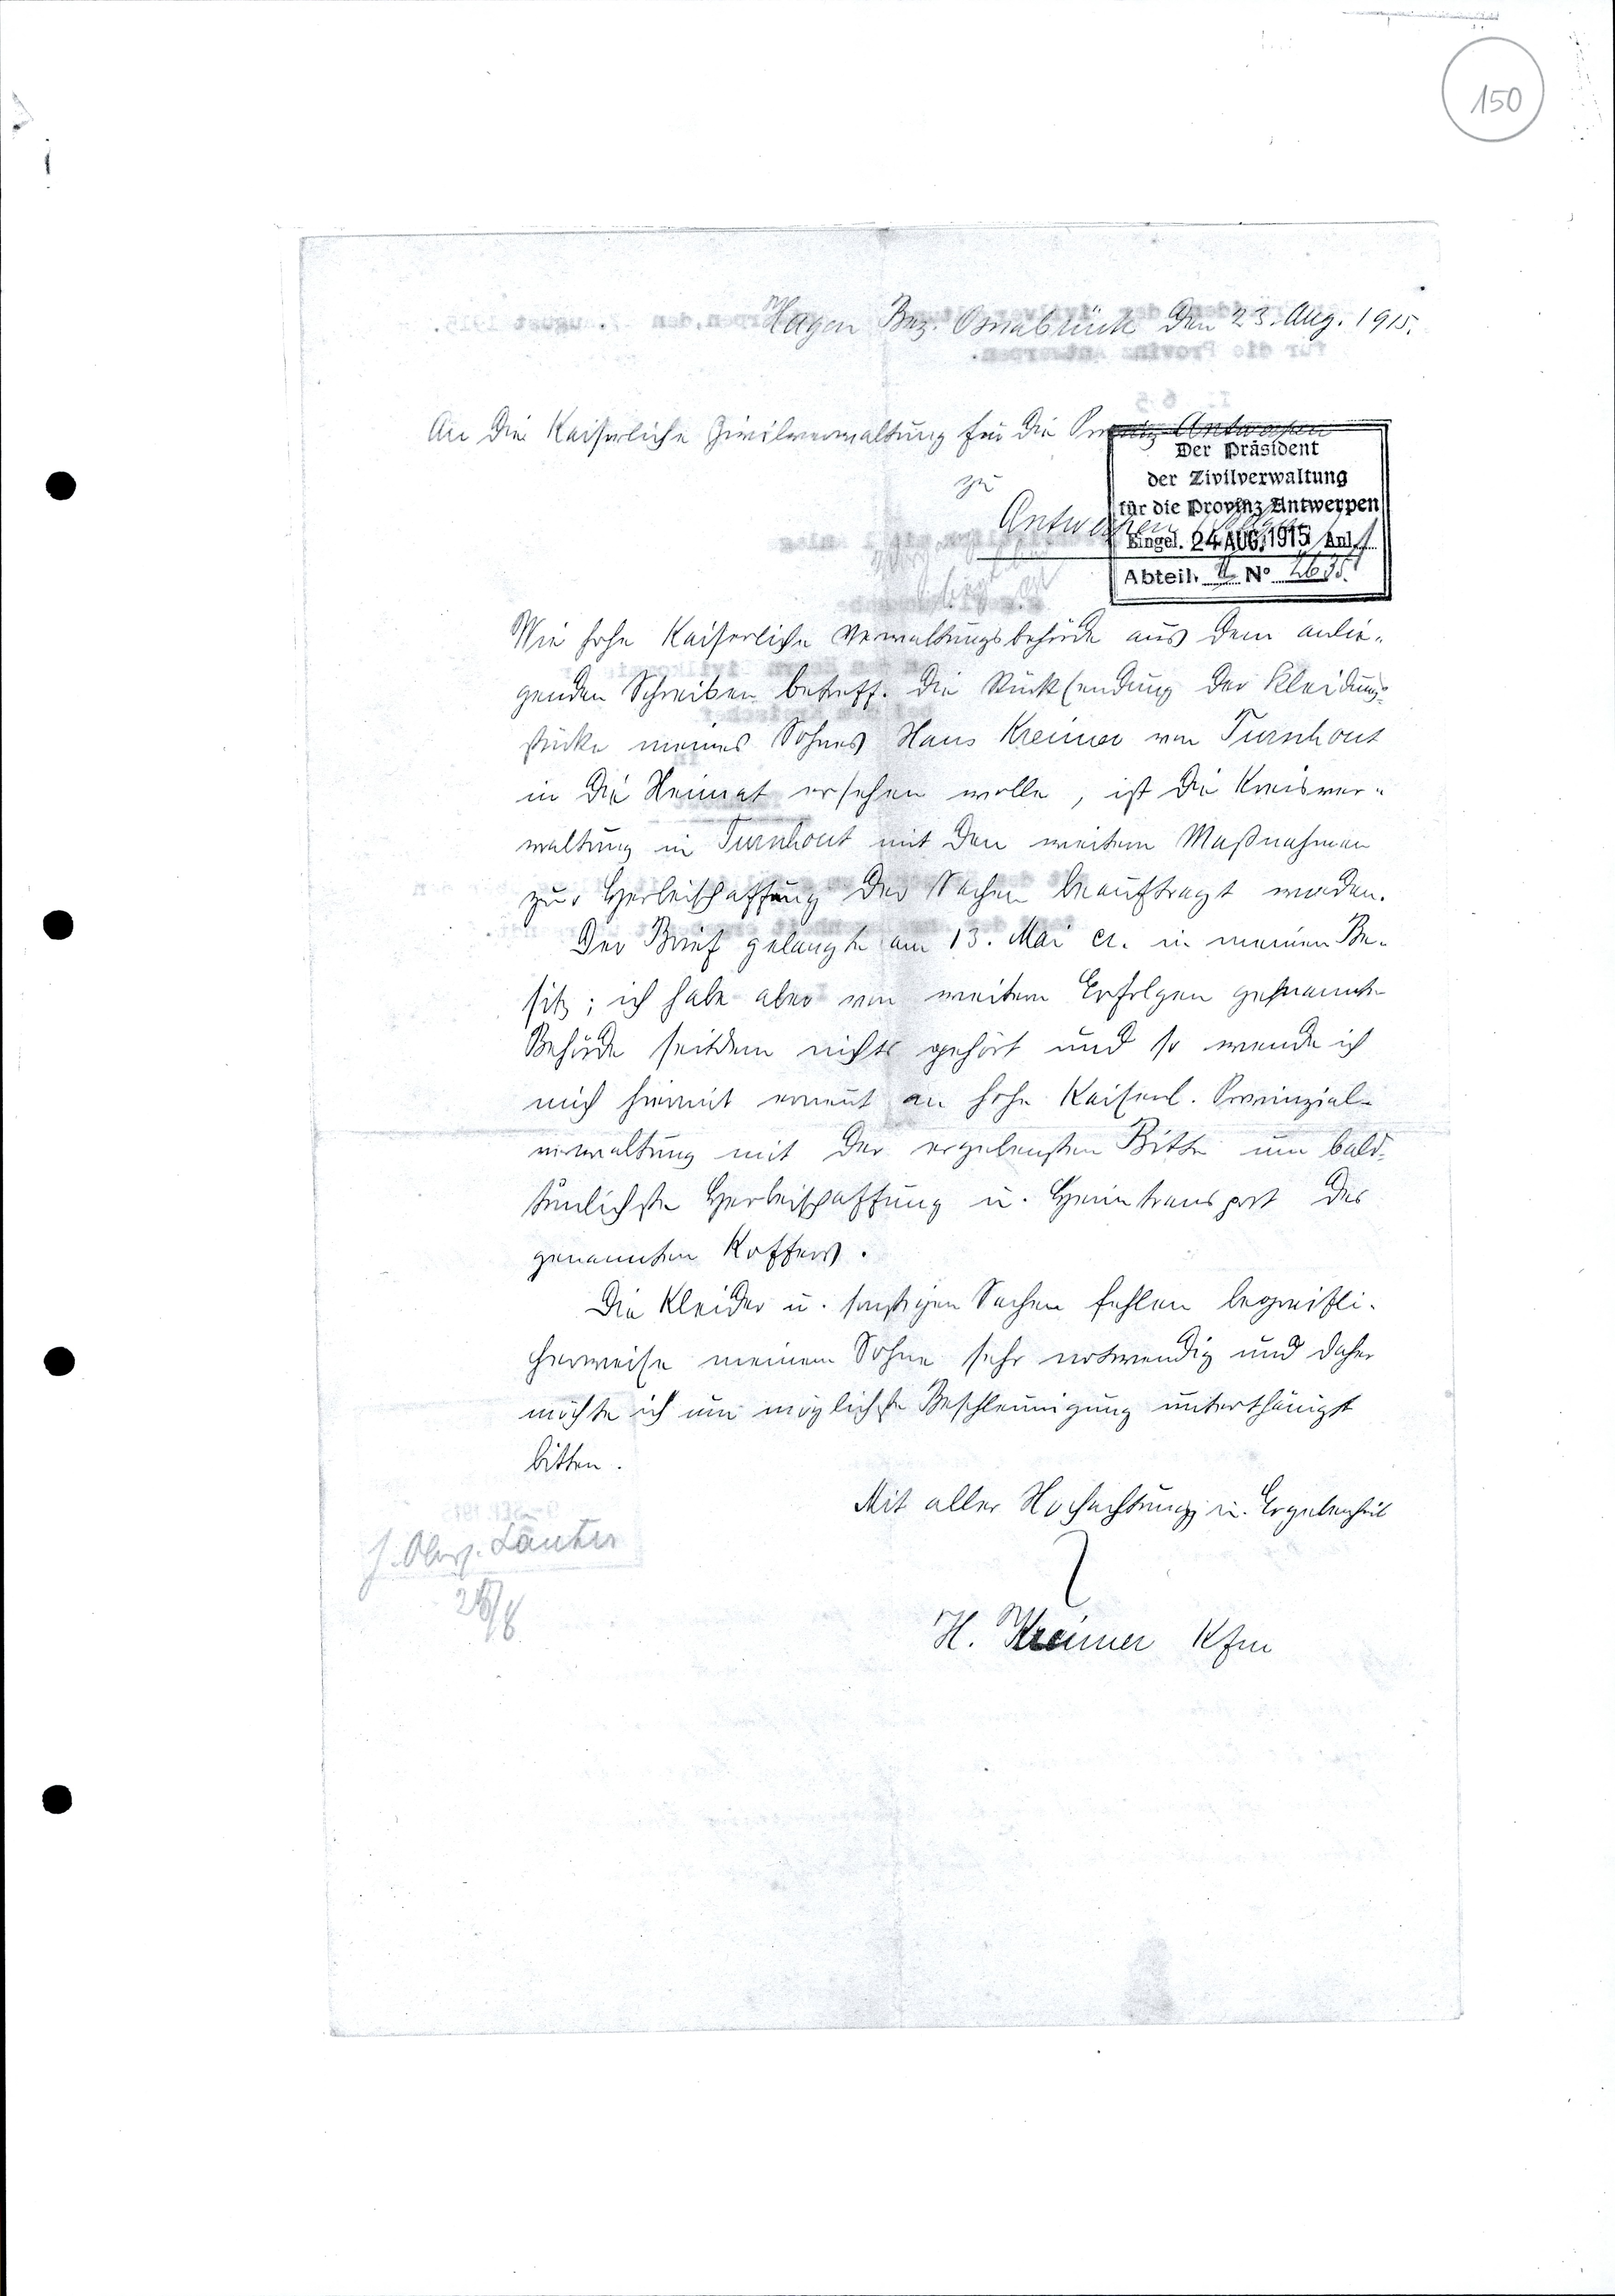
Hagen Bez. Osnabrück, den 23. Aug. 1915.
An die Kaiserliche Zivilverwaltung für die Provinz Antwerpen
zu
Antwerpen
Abteil. II No 2635.
Wie hohe Kaiserliche Verwaltungsbehörde aus dem anlie¬
genden Schreiben betreff. die Rücksendung der Kleidungs¬
stücke meines Sohnes Hans Kreimer zu Turnhout
in die Heimat ersehen wolle, ist die Kreisver¬
waltung in Turnhout mit den weitern Maßnahmen
zur Herbeischaffung der Sachen beauftragt worden.
Der Brief gelangte am 13. Mai a. in meinen Be¬
sitz; ich habe aber von weitern  Erfolgen genannter
Behörde seitdem nichts gehört und so wende ich
mich hiermit erneut an Hohe Kaiserl. Prinziplal¬
verwaltung mit der ergebensten Bitte um bald¬
tunlichste Herbeischaffung u. Heimtransport der
genannten Koffern.
Die Kleider u. sonstigen Sachen fehlen begreifli¬
cherweise meinem Sohne sehr notwendig und daher
möchte ich um möglichste Beschleunigung unterthänigst
bitten.
Mit aller Hochachtung u. Ergebenheit
H. Kreimer Kfm.
J. Oberst. Lanter
25 /8